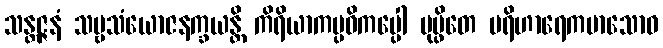
သန္တဇ္ဇနံ သဗ္ဗသံယောဇနက္ခယန္တိ ကိရိယာကပ္ပဝိကပ္ပေါ ပုပ္ဖိတေ ပရိဟာရေကမာသောဝ